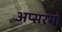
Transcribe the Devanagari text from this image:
अप्सरसो